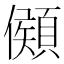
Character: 䫛